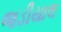
જડીયાલ